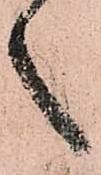
之